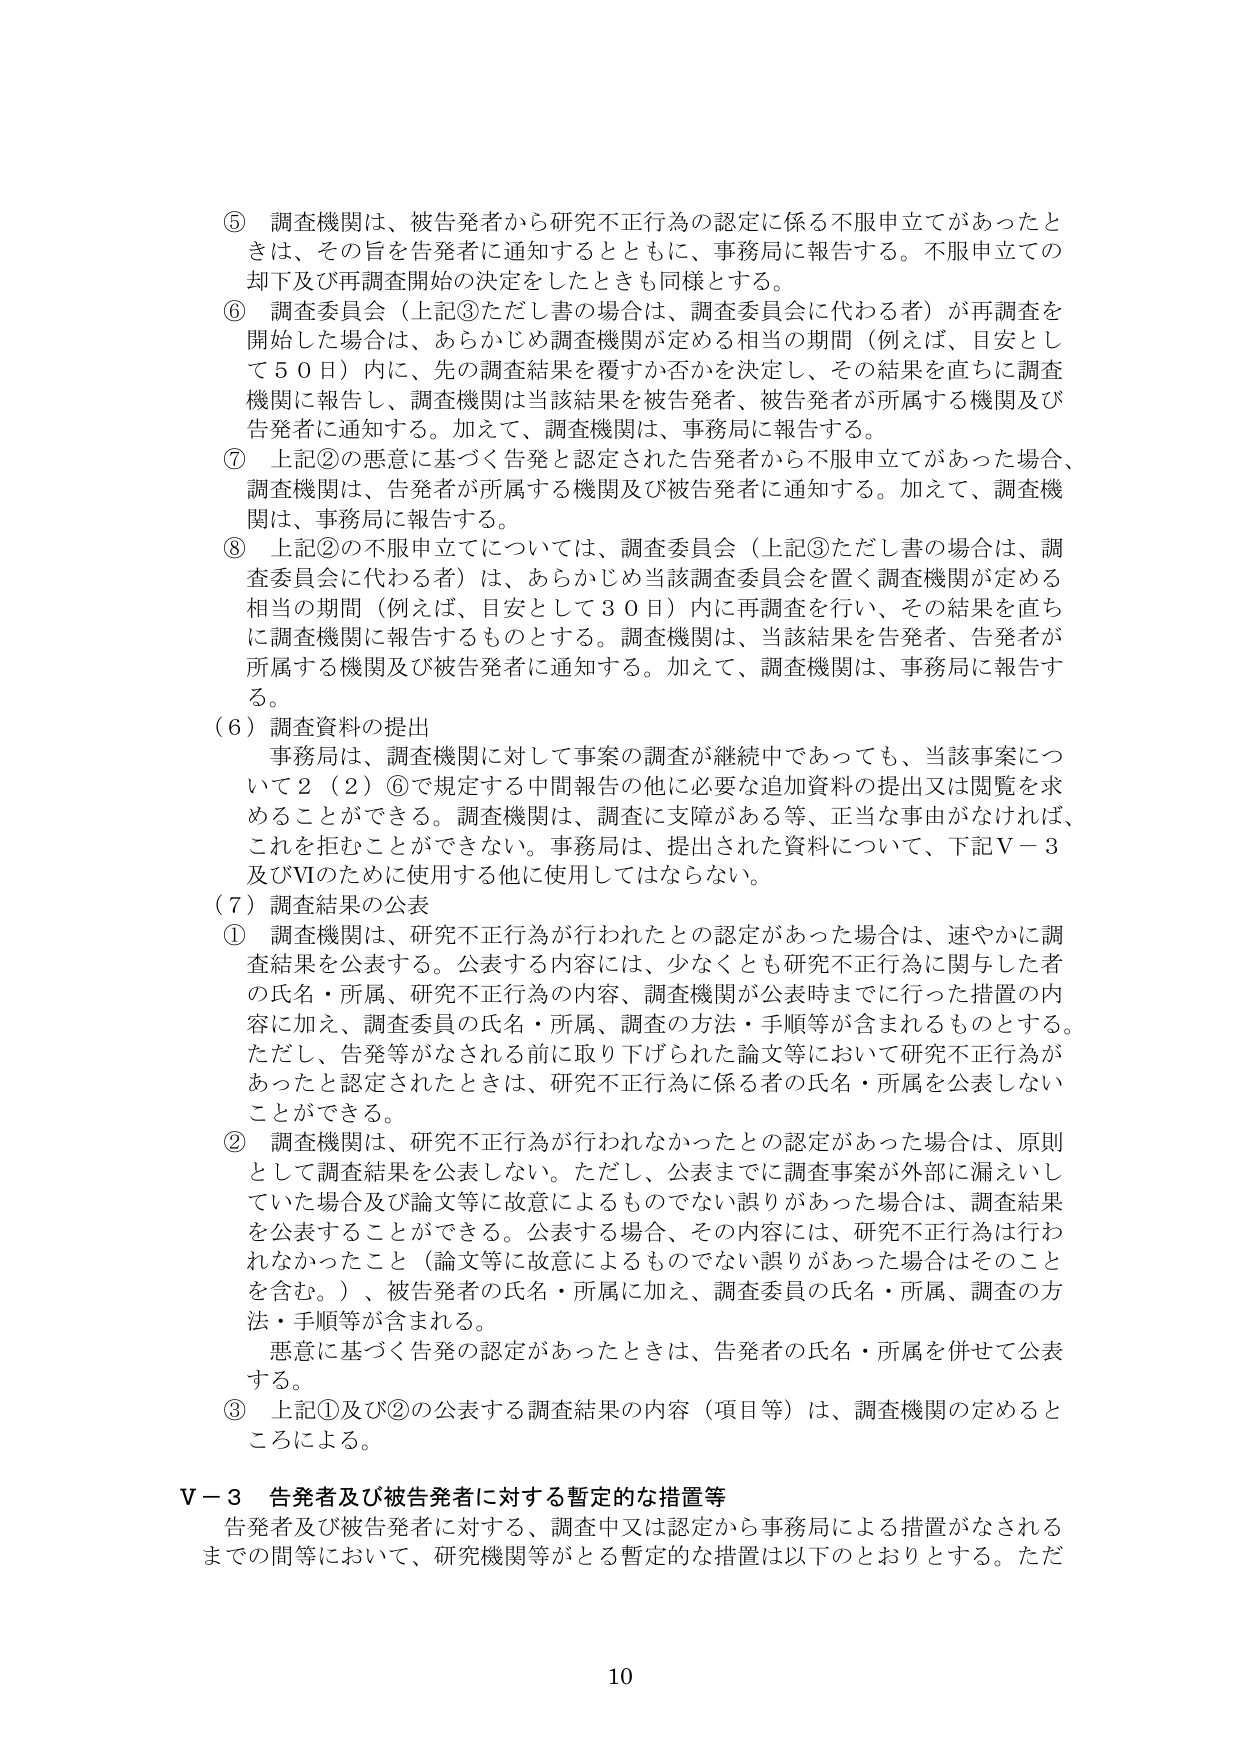
⑤ 調査機関は、被告発者から研究不正行為の認定に係る不服申立てがあったときは、その旨を告発者に通知するとともに、事務局に報告する。不服申立ての却下及び再調査開始の決定をしたときも同様とする。

⑥ 調査委員会（上記③ただし書の場合は、調査委員会に代わる者）が再調査を開始した場合は、あらかじめ調査機関が定める相当の期間（例えば、目安として５０日）内に、先の調査結果を覆すか否かを決定し、その結果を直ちに調査機関に報告し、調査機関は当該結果を被告発者、被告発者が所属する機関及び告発者に通知する。加えて、調査機関は、事務局に報告する。

⑦ 上記②の悪意に基づく告発と認定された告発者から不服申立てがあった場合、調査機関は、告発者が所属する機関及び被告発者に通知する。加えて、調査機関は、事務局に報告する。

⑧ 上記②の不服申立てについては、調査委員会（上記③ただし書の場合は、調査委員会に代わる者）は、あらかじめ当該調査委員会を置く調査機関が定める相当の期間（例えば、目安として３０日）内に再調査を行い、その結果を直ちに調査機関に報告するものとする。調査機関は、当該結果を告発者、告発者が所属する機関及び被告発者に通知する。加えて、調査機関は、事務局に報告する。

（６）調査資料の提出
事務局は、調査機関に対して事案の調査が継続中であっても、当該事案について２（２）⑥で規定する中間報告の他に必要な追加資料の提出又は閲覧を求めることができる。調査機関は、調査に支障がある等、正当な事由がなければ、これを拒むことができない。事務局は、提出された資料について、下記Ｖ－３及びⅥのために使用する他に使用してはならない。

（７）調査結果の公表
① 調査機関は、研究不正行為が行われたとの認定があった場合は、速やかに調査結果を公表する。公表する内容には、少なくとも研究不正行為に関与した者の氏名・所属、研究不正行為の内容、調査機関が公表時までに行った措置の内容に加え、調査委員の氏名・所属、調査の方法・手順等が含まれるものとする。ただし、告発等がなされる前に取り下げられた論文等において研究不正行為があったと認定されたときは、研究不正行為に係る者の氏名・所属を公表しないことができる。

② 調査機関は、研究不正行為が行われなかったとの認定があった場合は、原則として調査結果を公表しない。ただし、公表までに調査事案が外部に漏えいしていた場合及び論文等に故意によるものでない誤りがあった場合は、調査結果を公表することができる。公表する場合、その内容には、研究不正行為は行われなかったこと（論文等に故意によるものでない誤りがあった場合はそのことを含む。）、被告発者の氏名・所属に加え、調査委員の氏名・所属、調査の方法・手順等が含まれる。
悪意に基づく告発の認定があったときは、告発者の氏名・所属を併せて公表する。

③ 上記①及び②の公表する調査結果の内容（項目等）は、調査機関の定めるところによる。

Ｖ－３ 告発者及び被告発者に対する暫定的な措置等
告発者及び被告発者に対する、調査中又は認定から事務局による措置がなされるまでの間等において、研究機関等がとる暫定的な措置は以下のとおりとする。ただ

10